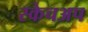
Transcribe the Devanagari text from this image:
स्केचअप